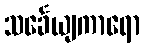
သင်္ခေယျကာရော